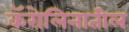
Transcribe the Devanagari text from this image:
कॅरोलिनातील